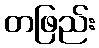
တဖြည်း